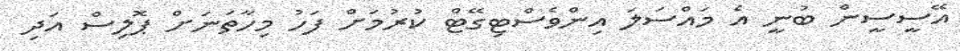
އޭސީސީން ބުނީ އެ މައްސަލަ އިންވެސްޓިގޭޓް ކުރުމަށް ފަހު މިހާތަނަށް ޕޮލިސް އަދި